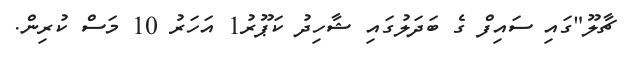
ޗާލޫ"ގައި ސައިފް ގެ ބަދަލުގައި ޝާހިދު ކަޕޫރު1 އަހަރު 10 މަސް ކުރިން.